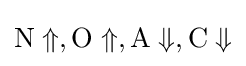
{\rm {N}}\Uparrow ,{\rm {O}}\Uparrow ,{\rm {A}}\Downarrow ,{\rm {C}}\Downarrow